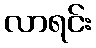
လာရင်း